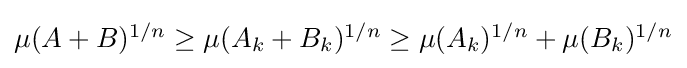
{\textstyle \mu (A+B)^{1/n}\geq \mu (A_{k}+B_{k})^{1/n}\geq \mu (A_{k})^{1/n}+\mu (B_{k})^{1/n}}